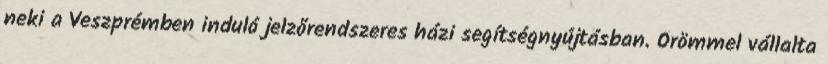
neki a Veszprémben induló jelzőrendszeres házi segítségnyújtásban. Örömmel vállalta